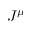
J ^ { \mu }